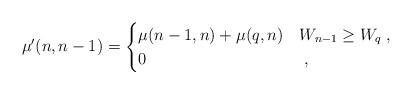
LaTeX: \begin{align*} \mu'(n,n-1)=\begin{cases} \mu(n-1,n)+\mu(q,n) & W_{n-1}\geq W_q\;,\\ 0 & \;, \end{cases} \end{align*}